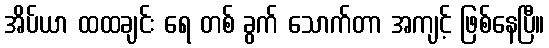
အိပ်ယာ ထထချင်း ရေ တစ် ခွက် သောက်တာ အကျင့် ဖြစ်နေပြီ။